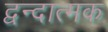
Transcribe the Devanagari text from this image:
द्वन्दात्मक